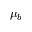
\mu _ { b }